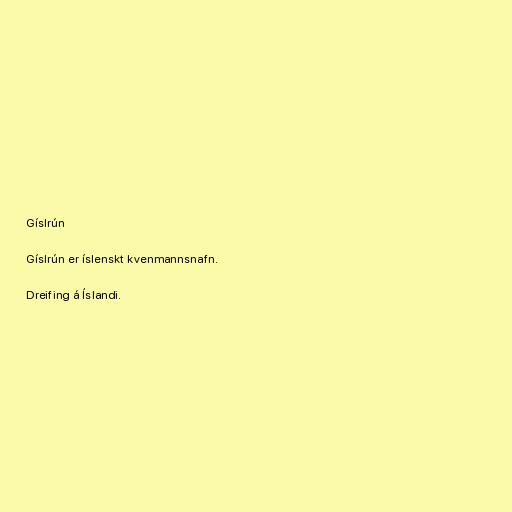
Gíslrún

Gíslrún er íslenskt kvenmannsnafn.

Dreifing á Íslandi.